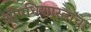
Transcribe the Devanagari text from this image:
औषधिशास्त्राचा